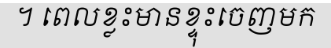
។ ពេលខ្លះមានខ្ទុះចេញមក